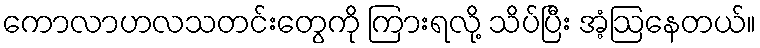
ကောလာဟလသတင်းတွေကို ကြားရလို့ သိပ်ပြီး အံ့ဩနေတယ်။